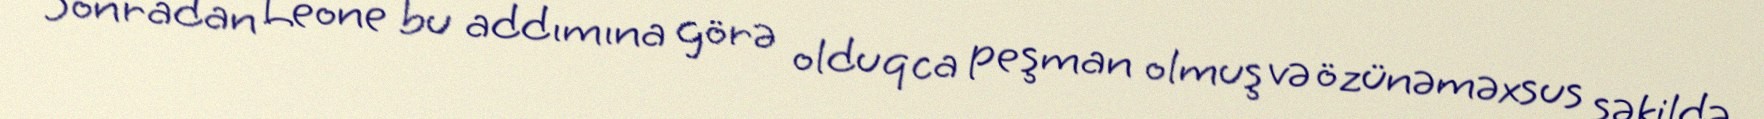
Sonradan Leone bu addımına görə olduqca peşman olmuş və özünəməxsus şəkildə